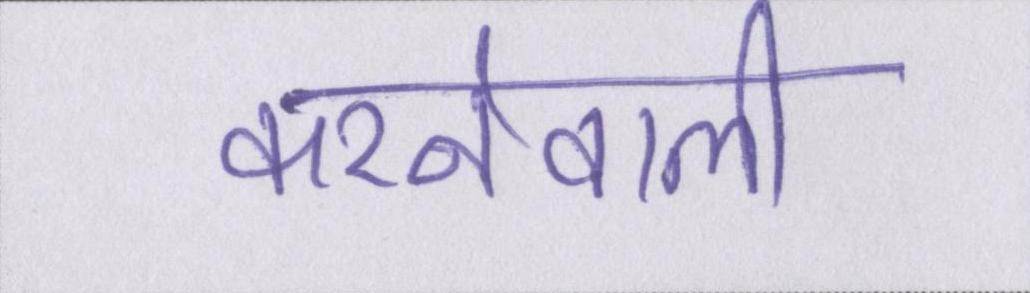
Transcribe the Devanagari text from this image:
करनेवाली